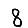
Digit: 8